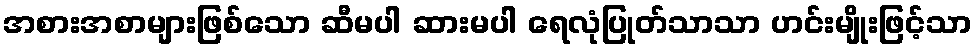
အစားအစာများဖြစ်သော ဆီမပါ ဆားမပါ ရေလုံပြုတ်သာသာ ဟင်းမျိုးဖြင့်သာ